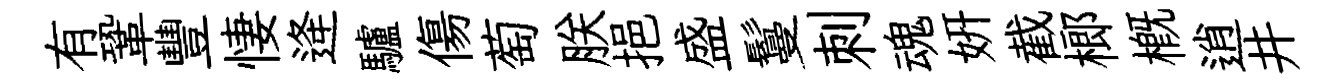
有鞏豐悽逄驢傷萄朕挹盛鬘刺魂妍截榔概逍井